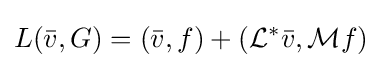
L({\bar {v}},G)=({\bar {v}},f)+({\mathcal {L}}^{*}{\bar {v}},{\mathcal {M}}f)